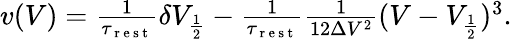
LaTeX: \begin{array}{r}{v(V)=\frac{1}{\tau_{\mathrm{~r~e~s~t~}}}\delta V_{\frac{1}{2}}-\frac{1}{\tau_{\mathrm{~r~e~s~t~}}}\frac{1}{12\Delta V^{2}}(V-V_{\frac{1}{2}})^{3}.}\end{array}